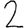
Digit: 2